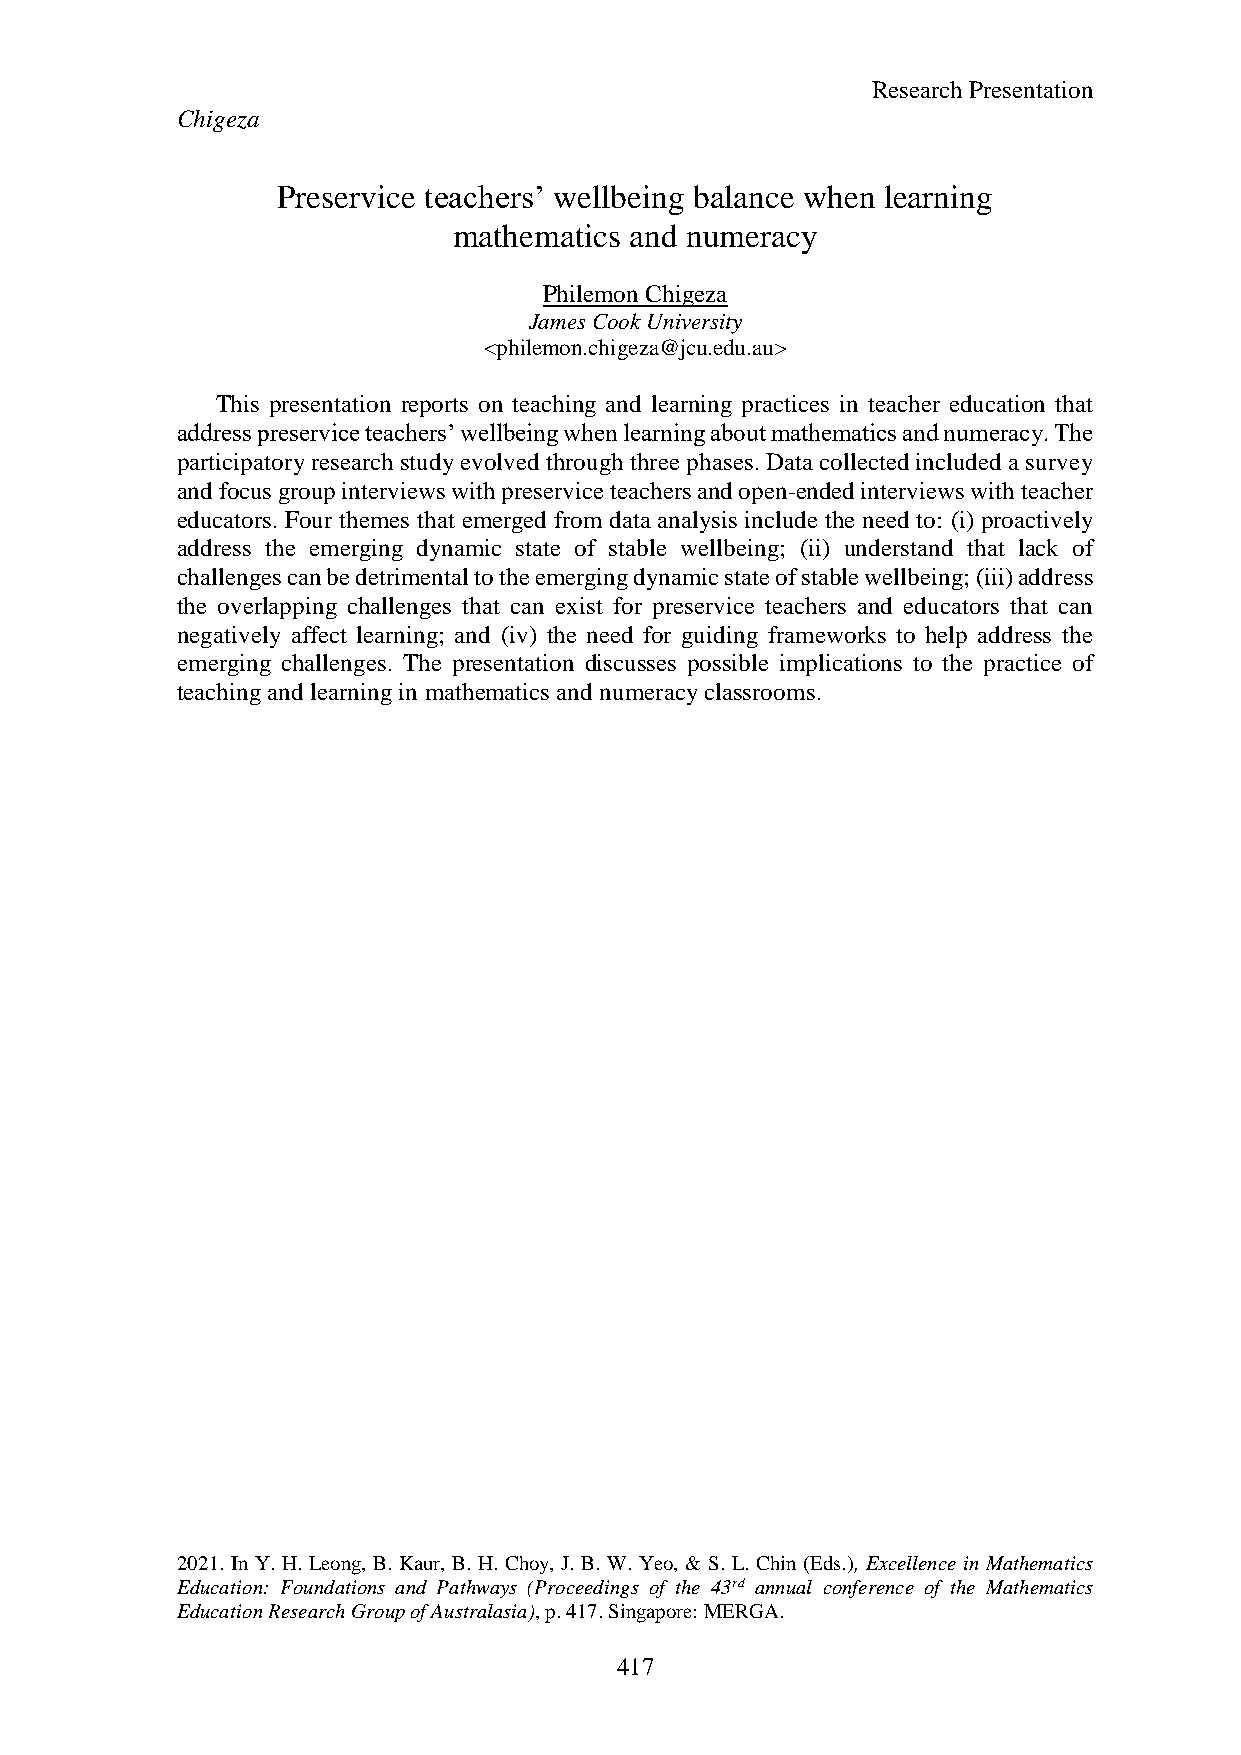
Research Presentation
 Chigeza
 Preservice teachers’ wellbeing balance when learning
 mathematics and numeracy
 Philemon Chigeza
 James Cook University
 <philemon.chigeza@jcu.edu.au>
 This presentation reports on teaching and learning practices in teacher education that
 address preservice teachers’ wellbeing when learning about mathematics and numeracy. The
 participatory research study evolved through three phases. Data collected included a survey
 and focus group interviews with preservice teachers and open-ended interviews with teacher
 educators. Four themes that emerged from data analysis include the need to: (i) proactively
 address the emerging dynamic state of stable wellbeing; (ii) understand that lack of
 challenges can be detrimental to the emerging dynamic state of stable wellbeing; (iii) address
 the overlapping challenges that can exist for preservice teachers and educators that can
 negatively affect learning; and (iv) the need for guiding frameworks to help address the
 emerging challenges. The presentation discusses possible implications to the practice of
 teaching and learning in mathematics and numeracy classrooms.
 2021. In Y. H. Leong, B. Kaur, B. H. Choy, J. B. W. Yeo, & S. L. Chin (Eds.), Excellence in Mathematics
 Education: Foundations and Pathways (Proceedings of the 43rd annual conference of the Mathematics
 Education Research Group of Australasia), p. 417. Singapore: MERGA.
 417